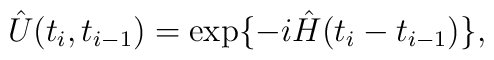
\hat{U}(t_i,t_{i-1}) = \exp\{-i\hat{H}(t_i-t_{i-1})\},